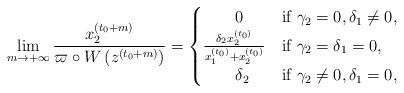
LaTeX: \begin{align*}\lim_{m\rightarrow+\infty}\frac{x_{2}^{\left(t_{0}+m\right)}}{\varpi\circ W\left(z^{\left(t_{0}+m\right)}\right)}=\begin{cases}\qquad0 & \mbox{if }\gamma_{2}=0,\delta_{1}\neq0,\\\frac{\delta_2x_{2}^{(t_{0})}}{x_{1}^{\left(t_{0}\right)}+x_{2}^{\left(t_{0}\right)}} & \mbox{if }\gamma_{2}=\delta_{1}=0,\\\qquad\delta_2 & \mbox{if }\gamma_{2}\neq0,\delta_{1}=0,\end{cases}\end{align*}